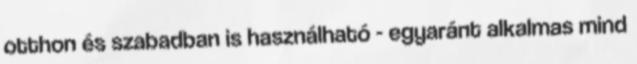
otthon és szabadban is használható - egyaránt alkalmas mind